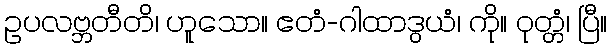
ဥပလဗ္ဘတီတိ၊ ဟူသော။ ဧတံ-ဂါထာဒွယံ၊ ကို။ ဝုတ္တံ၊ ပြီ။